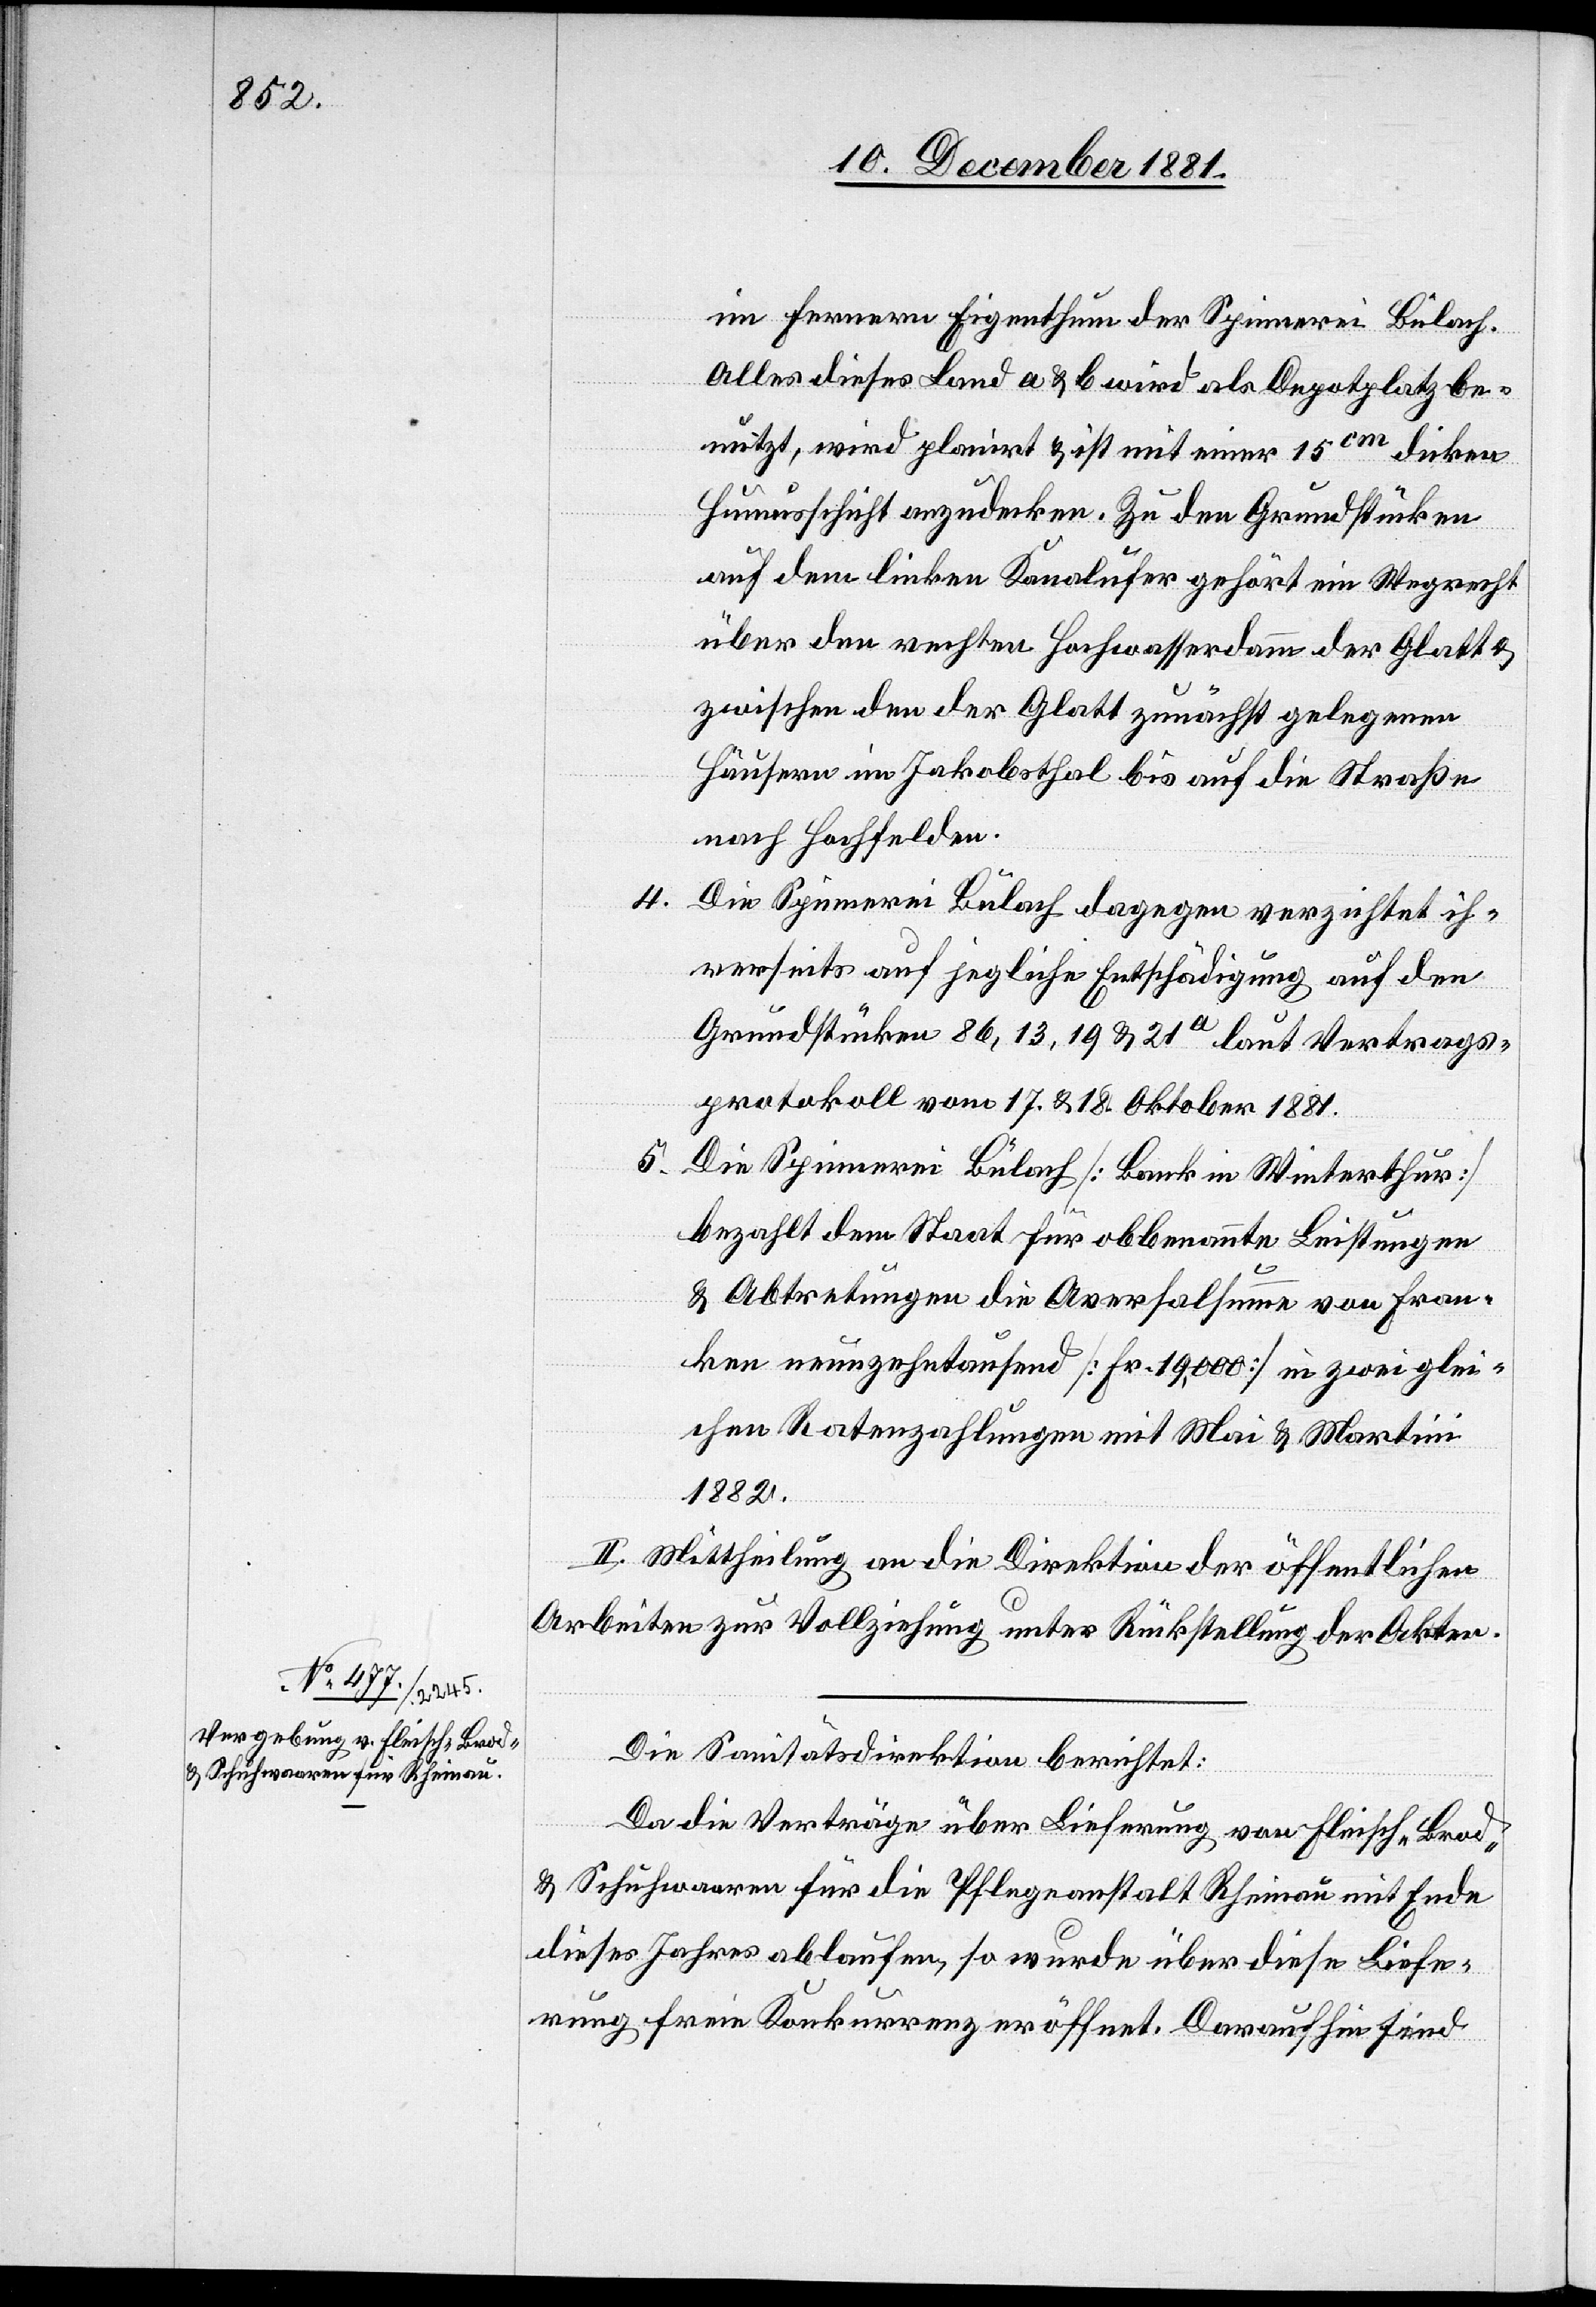
im Fernern Eigenthum der Spinnerei Bülach.
Alles dieses Land a & b wird als Depotplatz be¬
nutzt, wird planirt & ist mit einer 15cm dicken
Humusschicht anzudecken. Zu den Grundstücken
auf dem linken Kanalufer gehört ein Wegrecht
über den rechten Hochwasserdamm der Glatt &
zwischen den der Glatt zunächst gelegenen
Häusern im Jakobsthal bis auf die Straße
nach Hochfelden.
4. Die Spinnerei Bülach dagegen verzichtet ih¬
rerseits auf jegliche Entschädigung auf den
Grundstücken 86, 13, 19 & 21a laut Vertrags¬
protokoll vom 17. & 18. Oktober 1881.
5.
Die Spinnerei Bülach [Bank in Winterthur]
bezahlt dem Staat für obbenannte Leistungen
& Abtretungen die Aversalsumme von Fran¬
ken neunzehntausend [Fr. 19,000] in zwei glei¬
chen Ratenzahlungen mit Mai & Martini
1882.
II. Mittheilung an die Direktion der öffentlichen
Arbeiten zur Vollziehung unter Rückstellung der Akten.
Die Sanitätsdirektion berichtet:
Da die Verträge über Lieferung von Fleisch-[,] Brod-
& Schuhwaaren für die Pflegeanstalt Rheinau mit Ende
dieses Jahres ablaufen, so wurde über diese Liefe¬
rung freie Konkurrenz eröffnet. Daraufhin sind